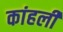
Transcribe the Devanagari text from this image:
कांहली